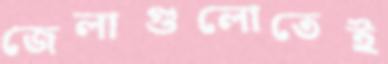
জেলাগুলোতেই